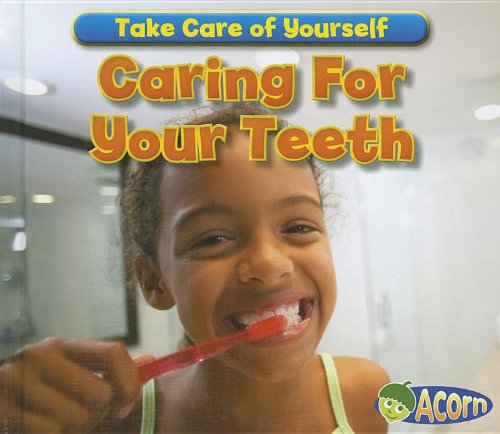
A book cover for Caring For Your Teeth (Take Care of Yourself!); Sian Smith; Medical Books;